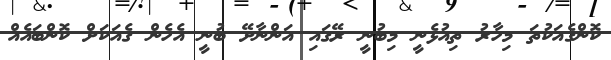
ކޮންގެއަކުތަ މިހާރު ތިއުޅެނީ މިބުނީ ރޭގައި އަންނާށޭ ބުނީ އެހެން ގެއަކަށް ކޮންބައެއް